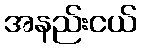
အနည်းငယ်